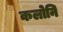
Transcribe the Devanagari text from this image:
कलोनि